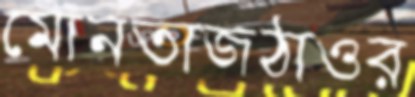
মোনতাজঠাওর